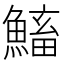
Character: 𩹱